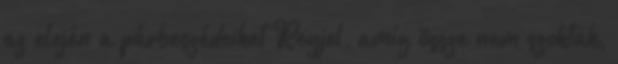
az elején a párbeszédeiket Reyjel, amíg össze nem szoktak,